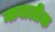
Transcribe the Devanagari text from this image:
नाबालीक